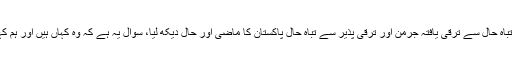
آپ نے تباہ حال سے ترقی یافتہ جرمن اور ترقی پذیر سے تباہ حال پاکستان کا ماضی اور حال دیکھ لیا، سوال یہ ہے کہ وہ کہاں ہیں اور ہم کہاں ہیں؟